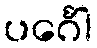
ပင်္ဂေါ